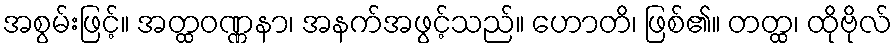
အစွမ်းဖြင့်။ အတ္ထဝဏ္ဏနာ၊ အနက်အဖွင့်သည်။ ဟောတိ၊ ဖြစ်၏။ တတ္ထ၊ ထိုဗိုလ်